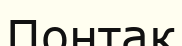
Понтак